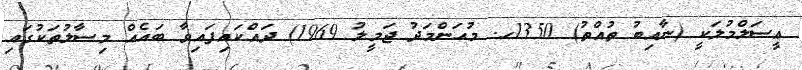
ޢީސަލްމުލަކީ (ނާއިބު ތުއްތު) 1350ހ. މުޙަންމަދު ޖަމީލު 1969) ދައްކައިފައިވާ ބައެއް މިސާލުތަކުގައި